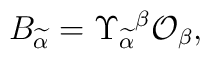
B_{\widetilde{\alpha}}=\Upsilon_{\widetilde{\alpha}}{}^{\beta}{\cal O}_{\beta},